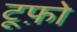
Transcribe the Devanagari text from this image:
टूफ़ो